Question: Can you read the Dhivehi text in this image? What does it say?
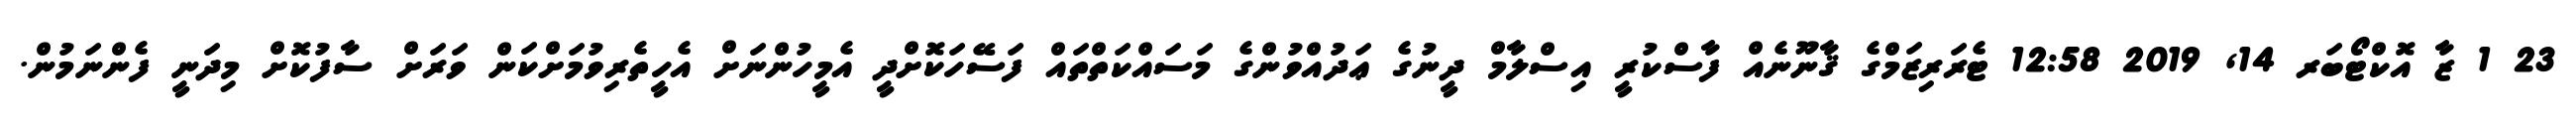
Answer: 23 1 ޒާ އޮކްޓޯބަރ 14, 2019 12:58 ޓެރަރިޒަމްގެ ޤާނޫނެއް ފާސްކުރީ އިސްލާމް ދީނުގެ ޢަދުއްވުންގެ މަސައްކަތްތައް ފަސޭހަކޮށްދީ އެމީހުންނަށް އެހީތެރިވުމަށްކަން ވަރަށް ސާފުކޮށް މިދަނީ ފެންނަމުން.